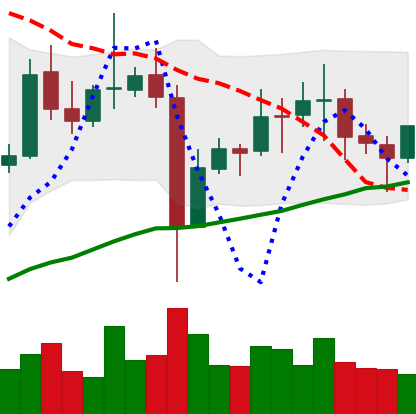
Ticker: EOS-USD
Chart end date: 2021-11-07
Forward return: 5.633%
Label: up_5_7